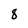
Character: 8